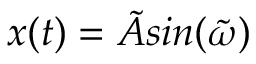
x ( t ) = \tilde { A } s i n ( \tilde { \omega } )